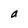
Character: a